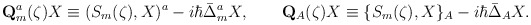
\begin{align*}\mathbf{Q}_m^a(\zeta) X \equiv ( S_m(\zeta), X )^a - i \hbar \bar{\Delta}^a_m X,\qquad\mathbf{Q}_A(\zeta) X \equiv \{ S_m(\zeta), X \}_A -i \hbar \bar{\Delta}_A X.\end{align*}